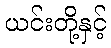
ယင်းတို့နှင့်